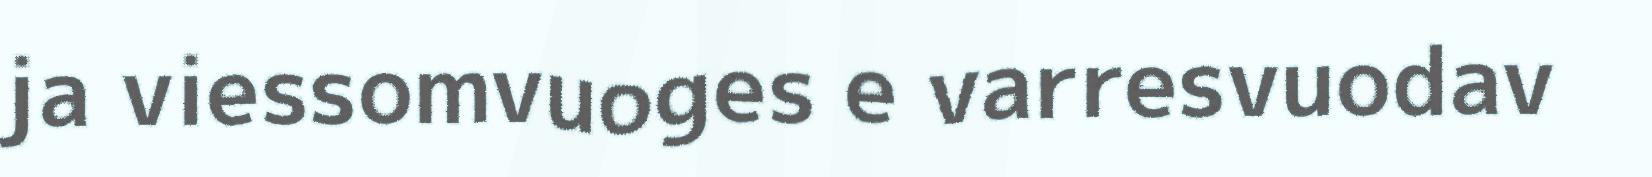
ja viessomvuoges e varresvuodav